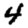
Digit: 4